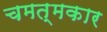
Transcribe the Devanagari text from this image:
चमत्मकार